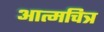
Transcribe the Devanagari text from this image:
आत्मचित्र